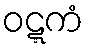
ဝဋ္ဋကံ